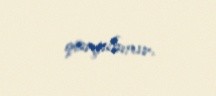
qarşılamır.